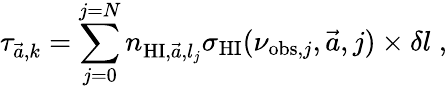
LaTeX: \tau_{\vec{a},k}=\sum_{j=0}^{j=N}n_{\mathrm{HI},\vec{a},l_{j}}\sigma_{\mathrm{HI}}(\nu_{\mathrm{obs},j},\vec{a},j)\times\delta l\; ,